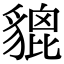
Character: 貔